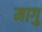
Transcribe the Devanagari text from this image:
मागु